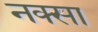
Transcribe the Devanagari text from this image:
नक्सा